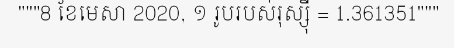
"""8 ខែមេសា 2020, ១ រូបរបស់រុស្ស៊ី = 1.361351"""